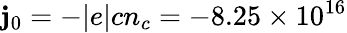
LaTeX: \mathbf{j}_{0}=-|e|cn_{c}=-8.25\times10^{16}